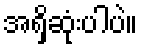
အရှိဆုံးပါပဲ။